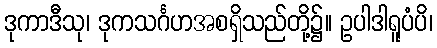
ဒုကာဒီသု၊ ဒုကသင်္ဂဟအစရှိသည်တို့၌။ ဥပါဒါရူပံပိ၊